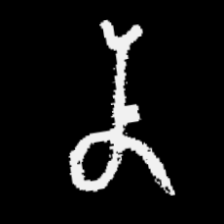
Pyu character \u2014 Myanmar letter: န (romanized: na)